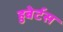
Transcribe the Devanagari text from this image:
हुबेर्टस